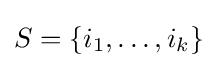
S=\{i_{1},\dots ,i_{k}\}